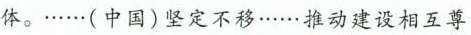
体。……(中国)坚定不移……推动建设相互尊